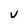
Character: v